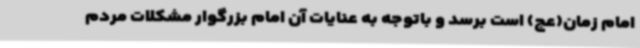
امام زمان(عج) است برسد و باتوجه به عنایات آن امام بزرگوار مشکلات مردم